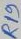
Text: R19